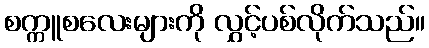
စက္ကူစလေးများကို လွှင့်ပစ်လိုက်သည်။